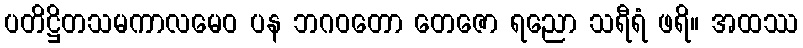
ပတိဋ္ဌိတသမကာလမေဝ ပန ဘဂဝတော တေဇော ရညော သရီရံ ဖရိ။ အထဿ